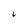
Character: i